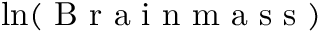
\ln ( \mathrm { ~ B ~ r ~ a ~ i ~ n ~ m ~ a ~ s ~ s ~ } )